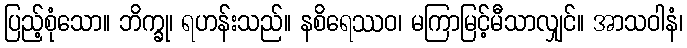
ပြည့်စုံသော။ ဘိက္ခု၊ ရဟန်းသည်။ နစိရေဿဝ၊ မကြာမြင့်မီသာလျှင်။ အာသဝါနံ၊